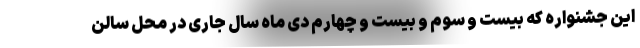
این جشنواره که بیست و سوم و بیست و چهارم دی ماه سال جاری در محل سالن